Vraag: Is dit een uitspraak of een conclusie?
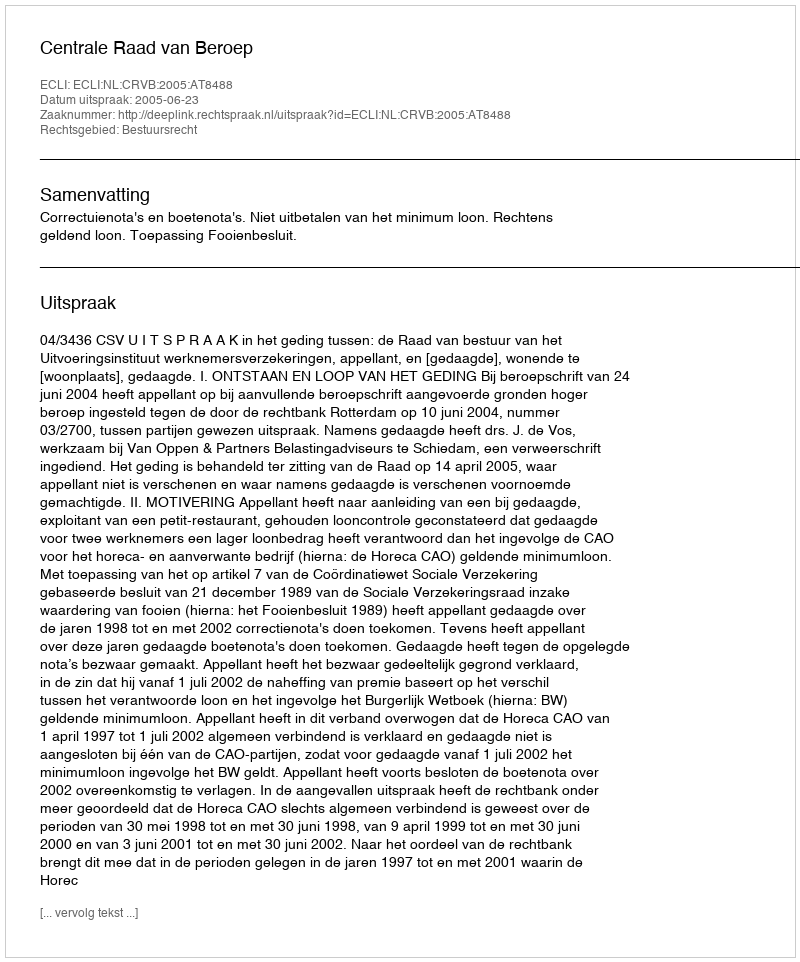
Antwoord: Uitspraak